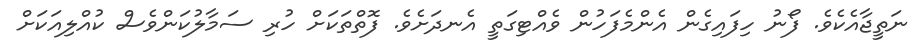
ނަތީޖާއެކެވެ. ފޯނު ހިފައިގެން އެންމެފަހުން ވެއްޓިގަތީ އެނދަށެވެ. ފޮތްތަކަށް ހުރި ސަމާލުކަންވެސް ކުއްލިއަކަށް